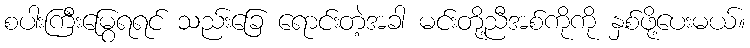
စပါးကြီးမြွေရရင် သည်းခြေ ရောင်းတဲ့အခါ မင်းတို့ညီအစ်ကိုကို နှစ်ဖို့ပေးမယ်။